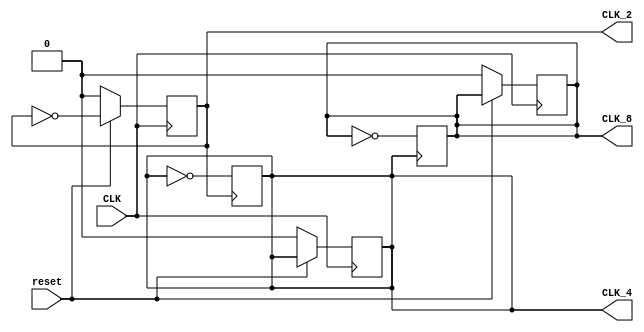
module freq_div_cond( input       CLK,
                      input       reset,
                      output reg  CLK_2,
                      output reg  CLK_4,
                      output reg  CLK_8
  );

  // wire CLK_2_to_CLK_4, CLK_4_to_CLK_8;

  always @ (posedge CLK) begin
    if (~reset) begin
      CLK_2 <= 1'b0;
      CLK_4 <= 1'b0;
      CLK_8 <= 1'b0;
    end else begin
      CLK_2 <= ~CLK_2;
    end
  end

  always @ (posedge CLK_2) begin
    CLK_4 <= ~CLK_4;
  end

  always @ (posedge CLK_4) begin
    CLK_8 <= ~CLK_8;
  end

endmodule